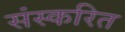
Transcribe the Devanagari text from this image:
संस्करित